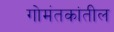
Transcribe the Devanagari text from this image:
गोमंतकांतील